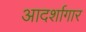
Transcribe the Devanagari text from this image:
आदर्शागार